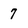
Character: 7